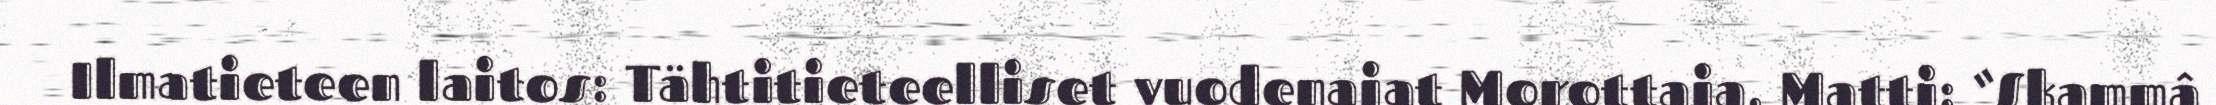
Ilmatieteen laitos: Tähtitieteelliset vuodenajat Morottaja, Matti: “Skammâ